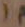
)